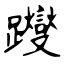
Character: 躞